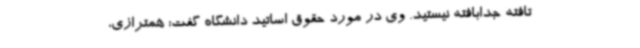
تافته جدابافته نیستید. وی در مورد حقوق اساتید دانشگاه گفت: همترازی،